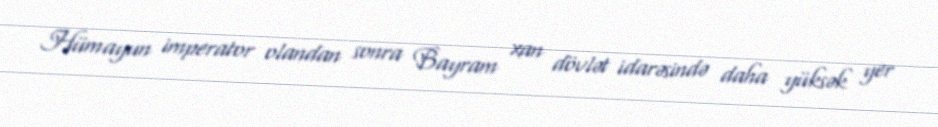
Hümayun imperator olandan sonra Bayram xan dövlət idarəsində daha yüksək yer